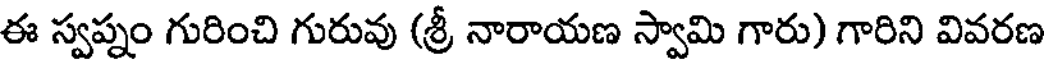
ఈ స్వప్నం గురించి గురువు (శ్రీ నారాయణ స్వామి గారు) గారిని వివరణ